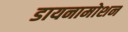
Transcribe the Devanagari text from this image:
डायनामोशन